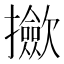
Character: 𢹦